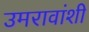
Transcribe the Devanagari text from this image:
उमरावांशी